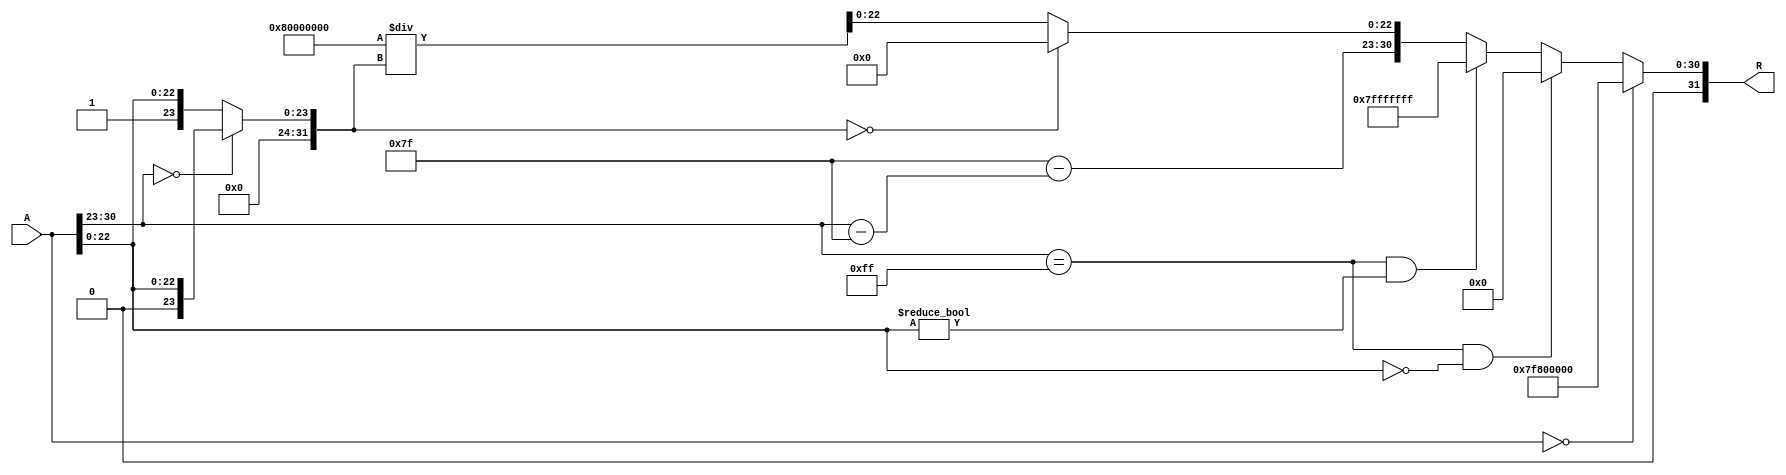
module floating_point_reciprocal (
    input wire [31:0] A,    // Input: 32-bit IEEE 754 floating-point number
    output reg [31:0] R     // Output: 32-bit IEEE 754 floating-point reciprocal
);

    // Constants
    localparam EXPONENT_BIAS = 127;
    localparam EXPONENT_WIDTH = 8;
    localparam MANTISSA_WIDTH = 23;

    // Internal signals
    wire sign;
    wire [EXPONENT_WIDTH-1:0] exponent;
    wire [MANTISSA_WIDTH-1:0] mantissa;
    wire [31:0] mantissa_with_hidden_bit;
    wire [31:0] reciprocal_mantissa;
    wire [EXPONENT_WIDTH-1:0] output_exponent;
    wire is_zero, is_infinity, is_nan;

    // Extract sign, exponent, and mantissa
    assign sign = A[31];
    assign exponent = A[30:23];
    assign mantissa = A[22:0];
    
    // Handle special cases
    assign is_zero = (A == 32'b0);
    assign is_infinity = (exponent == 8'b11111111 && mantissa == 23'b0);
    assign is_nan = (exponent == 8'b11111111 && mantissa != 23'b0);

    // Compute mantissa with hidden bit
    assign mantissa_with_hidden_bit = (exponent == 8'b0) ? {1'b0, mantissa} : {1'b1, mantissa};

    // Compute reciprocal of the mantissa (simple approximation)
    // Here we use a simple division for demonstration purposes
    // A more accurate method would be needed for a real implementation
    assign reciprocal_mantissa = (mantissa_with_hidden_bit == 0) ? 32'b0 : (32'h80000000 / mantissa_with_hidden_bit);

    // Compute output exponent
    assign output_exponent = (is_zero) ? 8'b11111111 : 
                              (is_infinity) ? 8'b0 : 
                              (is_nan) ? 8'b11111111 : 
                              EXPONENT_BIAS - (exponent - EXPONENT_BIAS);

    // Generate output based on special cases
    always @(*) begin
        if (is_zero) begin
            R = 32'h7F800000; // Infinity
        end else if (is_infinity) begin
            R = 32'b0; // Zero
        end else if (is_nan) begin
            R = 32'h7FFFFFFF; // NaN
        end else begin
            R = {1'b0, output_exponent, reciprocal_mantissa[MANTISSA_WIDTH-1:0]};
        end
    end

endmodule